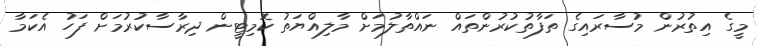
މީގެ އިތުރުން މުސާރައިގެ ތަފާތުކުރުންތައް ނައްތާލުމަށް މާލިއްޔަތު ކޮމިޓީން ދިރާސާކުރުމަށް ފަހު އެކަމާ